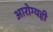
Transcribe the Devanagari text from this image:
आरोग्यही